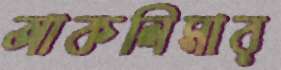
আকলিমার